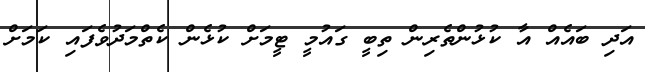
އަދި ބައެއް އާ ކުޅުންތެރިން ތިބީ ގައުމީ ޓީމަށް ކުޅެން ކެތްމަދުވެފައި ކަމަށް